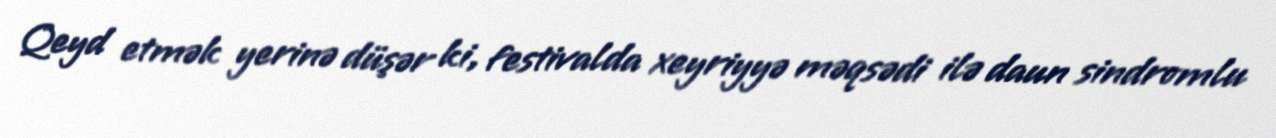
Qeyd etmək yerinə düşər ki, festivalda xeyriyyə məqsədi ilə daun sindromlu